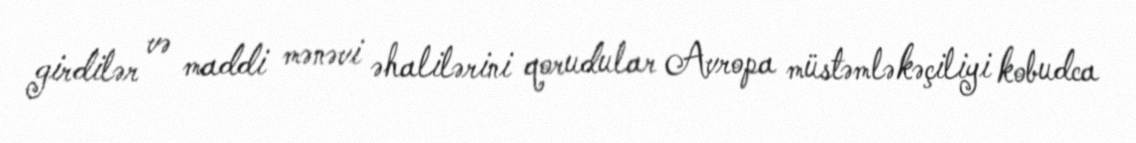
girdilər və maddi mənəvi əhalilərini qorudular Avropa müstəmləkəçiliyi kobudca